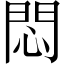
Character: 悶